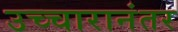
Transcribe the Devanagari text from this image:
उच्चारानंतर